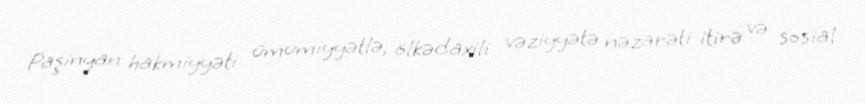
Paşinyan hakmiyyəti ümumiyyətlə, ölkədaxili vəziyyətə nəzarəti itirə və sosial